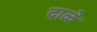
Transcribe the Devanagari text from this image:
दाळे